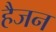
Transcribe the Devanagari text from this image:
हैजन